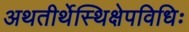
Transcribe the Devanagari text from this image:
अथतीर्थेस्थिक्षेपविधिः